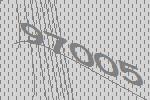
97005